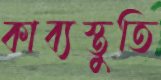
কাব্যস্তুতি